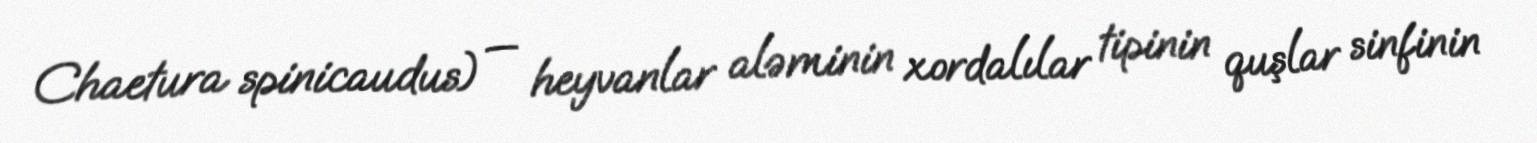
Chaetura spinicaudus) — heyvanlar aləminin xordalılar tipinin quşlar sinfinin